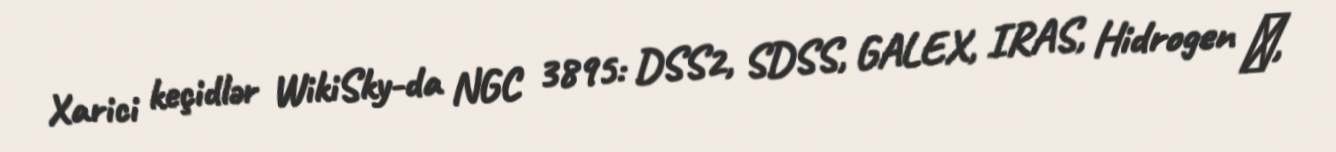
Xarici keçidlər WikiSky-da NGC 3895: DSS2, SDSS, GALEX, IRAS, Hidrogen α,